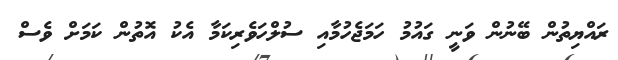
ރައްޔިތުން ބޭނުން ވަނީ ގައުމު ހަމަޖެހުމާއި ސުލްހަވެރިކަމާ އެކު އޮތުން ކަމަށް ވެސް